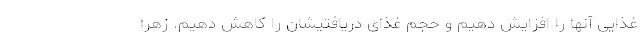
غذایی آنها را افزایش دهیم و حجم غذای دریافتیشان را کاهش دهیم. زهرا